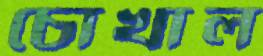
চোখাল